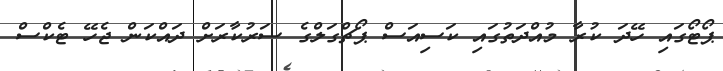
ޕޯޓޯގައި ހޭދަ ކުރާ މުއްދަތުގައި ކަސިއަސް ޕޯޗްގަލްގެ ސަރުކާރަށް ދައްކަން ޖެހޭ ޓެކްސް